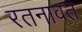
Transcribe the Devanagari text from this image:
रतनावत